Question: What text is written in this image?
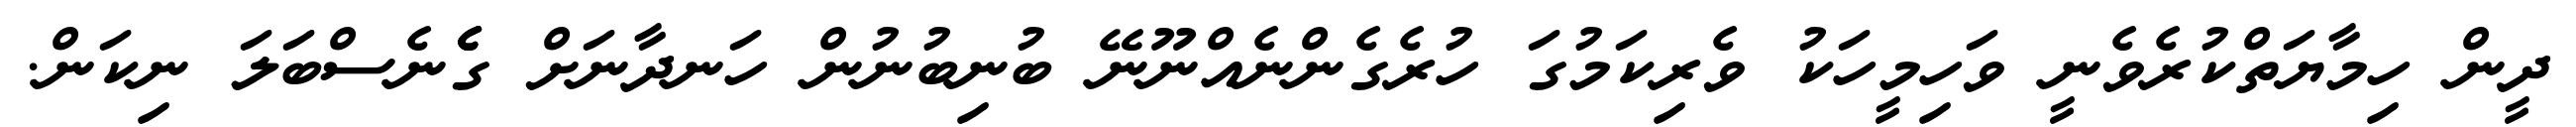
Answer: ދީން ހިމާޔަތްކުރެވެނީ ވަހިމީހަކު ވެރިކަމުގަ ހުރެގެންނެއްނޫނޭ ބުނިބުނުން ހަނދާނަށް ގެެެނެސްބަލަ ނިކަން.